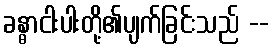
ခန္ဓာငါးပါးတို့၏ပျက်ခြင်းသည် --